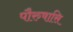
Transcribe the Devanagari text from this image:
पौरुषासि